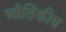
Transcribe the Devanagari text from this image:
औतिकीय